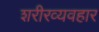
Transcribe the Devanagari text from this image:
शरीरव्यवहार